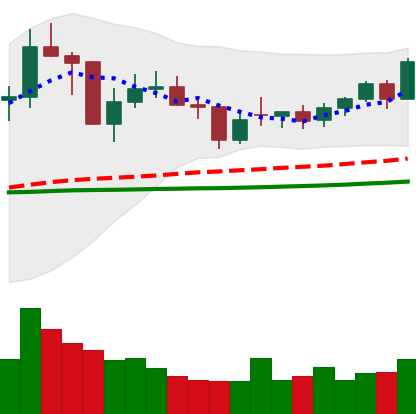
Ticker: NEO-USD
Chart end date: 2021-02-05
Forward return: 28.345%
Label: up_7plus